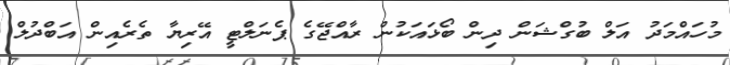
މުހައްމަދު އަލް ބުގްޝަން ދިން ބޯޅައަކުން ރާއްޖޭގެ ޕެނަލްޓީ އޭރިޔާ ތެރެއިން އަބްދުލް